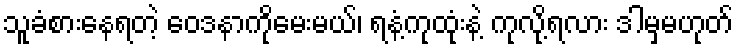
သူခံစားနေရတဲ့ ဝေဒနာကိုမေးမယ်၊ ရနံ့ကုထုံးနဲ့ ကုလို့ရလား ဒါမှမဟုတ်